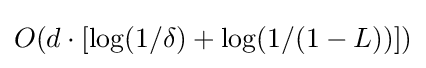
O(d\cdot [\log(1/\delta )+\log(1/(1-L))])